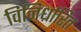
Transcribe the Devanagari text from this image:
विनिर्धारित